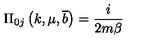
\Pi _ { 0 j } \left( k , \mu , \overline { { b } } \right) = \frac { i } { 2 m \beta }